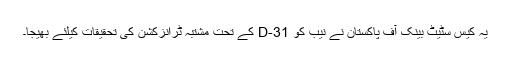
یہ کیس سٹیٹ بینک آف پاکستان نے نیب کو 31-D کے تحت مشتبہ ٹرانزکشن کی تحقیقات کیلئے بھیجا۔